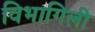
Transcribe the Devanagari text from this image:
विभागिली